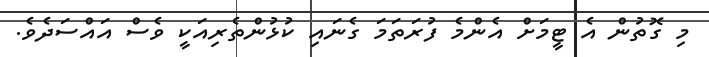
މި ގޮތުން އެ ޓީމަށް އެންމެ ފުރަތަމަ ގެނައި ކުޅުންތެރިއަކީ ވެސް އައްސަދެވެ.